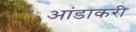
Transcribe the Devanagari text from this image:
आंडाकरी